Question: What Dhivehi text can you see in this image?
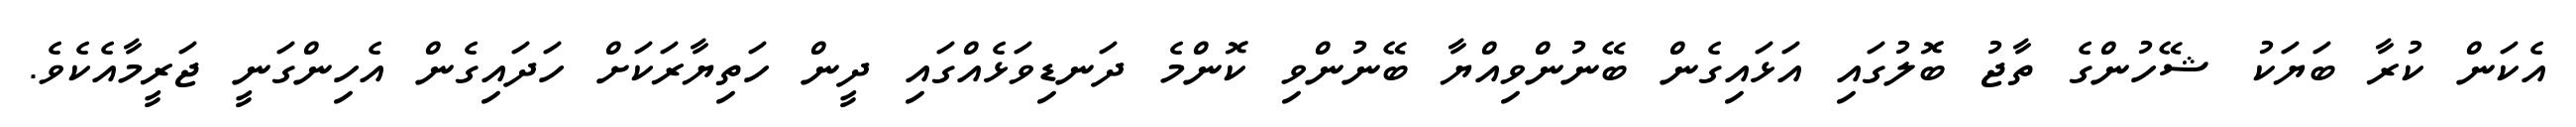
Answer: އެކަން ކުރާ ބަޔަކު ޝޭހުންގެ ތާޖު ބޮލުގައި އަޅައިގެން ބޭނުންވިއްޔާ ބޭނުންވި ކޮންމެ ދަނޑިވަޅެއްގައި ދީން ހަތިޔާރަކަށް ހަދައިގެން އެހިންގަނީ ޖަރީމާއެކެވެ.